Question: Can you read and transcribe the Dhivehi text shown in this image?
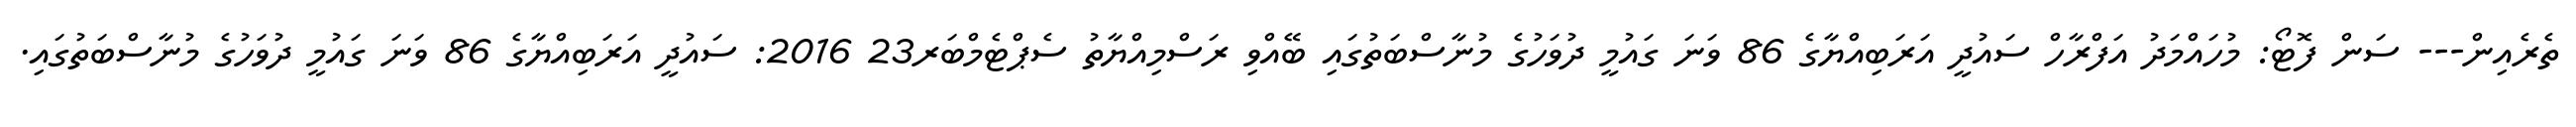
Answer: ތެރެއިން--- ސަން ފޮޓޯ: މުހައްމަދު އަފްރާހް ސައުދީ އަރަބިއްޔާގެ 86 ވަނަ ގައުމީ ދުވަހުގެ މުނާސްބަތުގައި ބޭއްވި ރަސްމިއްޔާތު ސެޕްޓެމްބަރ23 2016: ސައުދީ އަރަބިއްޔާގެ 86 ވަނަ ގައުމީ ދުވަހުގެ މުނާސްބަތުގައި.